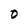
Character: 0